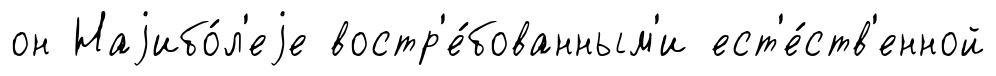
он Наjибо́л'еjе востр'е́бованным'и ест'е́ств'енной